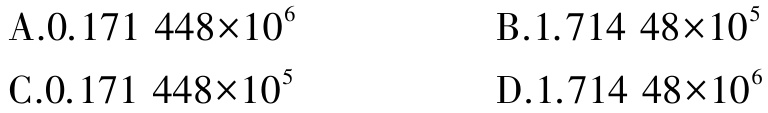
A.$0.171\ 448\times10^{6}$
B.$1.714\ 48\times10^{5}$
C.$0.171\ 448\times10^{5}$
D.$1.714\ 48\times10^{6}$